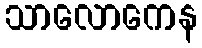
သာလောကေန